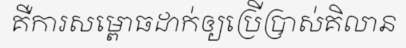
គឺការសម្ពោធដាក់ឲ្យប្រើប្រាស់គិលាន